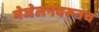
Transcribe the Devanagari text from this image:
मेजेलनवरूनच